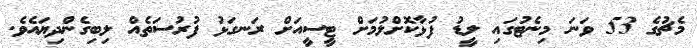
މެޗުގެ 53 ވަނަ މިނެޓުގައި ލީޑު ފުޅާކޮށްލުމަށް ޓީސީއަށް ރަނގަޅު ފުރުސަތެއް ލިބިގެންދިޔައެވެ.